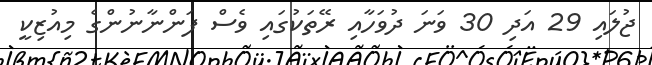
ޖުލައި 29 އަދި 30 ވަނަ ދުވަހާއި ރޭތަކުގައި ވެސް ފަންނާނުންގެ މިއުޒިކީ